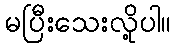
မပြီးသေးလို့ပါ။